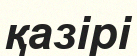
қазірі